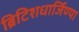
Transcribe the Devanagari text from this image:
ब्रिटिशधार्जिण्या